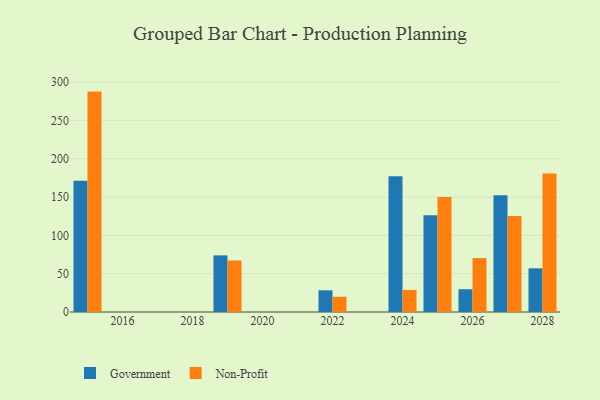
{"axis": {"x": "Year", "y": "Population (Million)"}, "legend": ["Government", "Non-Profit"], "data": [{"x": "2022", "y": 28.3, "type": "Government"}, {"x": "2022", "y": 19.9, "type": "Non-Profit"}, {"x": "2019", "y": 73.9, "type": "Government"}, {"x": "2019", "y": 67.2, "type": "Non-Profit"}, {"x": "2025", "y": 126.3, "type": "Government"}, {"x": "2025", "y": 150.0, "type": "Non-Profit"}, {"x": "2015", "y": 171.2, "type": "Government"}, {"x": "2015", "y": 287.6, "type": "Non-Profit"}, {"x": "2027", "y": 152.2, "type": "Government"}, {"x": "2027", "y": 125.4, "type": "Non-Profit"}, {"x": "2028", "y": 57.0, "type": "Government"}, {"x": "2028", "y": 180.8, "type": "Non-Profit"}, {"x": "2026", "y": 29.7, "type": "Government"}, {"x": "2026", "y": 70.4, "type": "Non-Profit"}, {"x": "2024", "y": 177.1, "type": "Government"}, {"x": "2024", "y": 28.8, "type": "Non-Profit"}]}